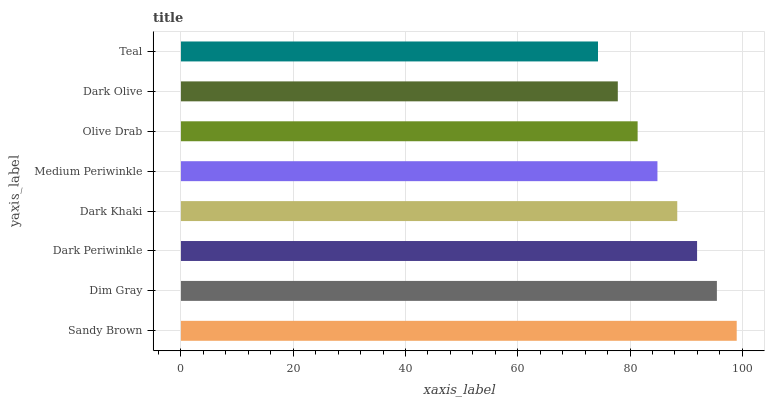
| yaxis_label | bars |
 | --- | --- |
 | Sandy Brown | 99 |
 | Dim Gray | 95.5 |
 | Dark Periwinkle | 91.9 |
 | Dark Khaki | 88.4 |
 | Medium Periwinkle | 84.9 |
 | Olive Drab | 81.3 |
 | Dark Olive | 77.8 |
 | Teal | 74.3 |